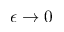
\epsilon \to 0